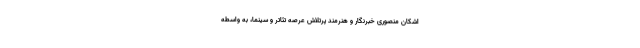
اشکان منصوری خبرنگار و هنرمند پرتلاش عرصه تئاتر و سینما، به واسطه